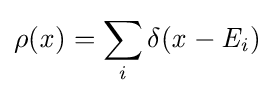
\rho ({\mathit {x}})=\sum _{\mathit {i}}\delta ({\mathit {x}}-{\mathit {E}}_{\mathit {i}})